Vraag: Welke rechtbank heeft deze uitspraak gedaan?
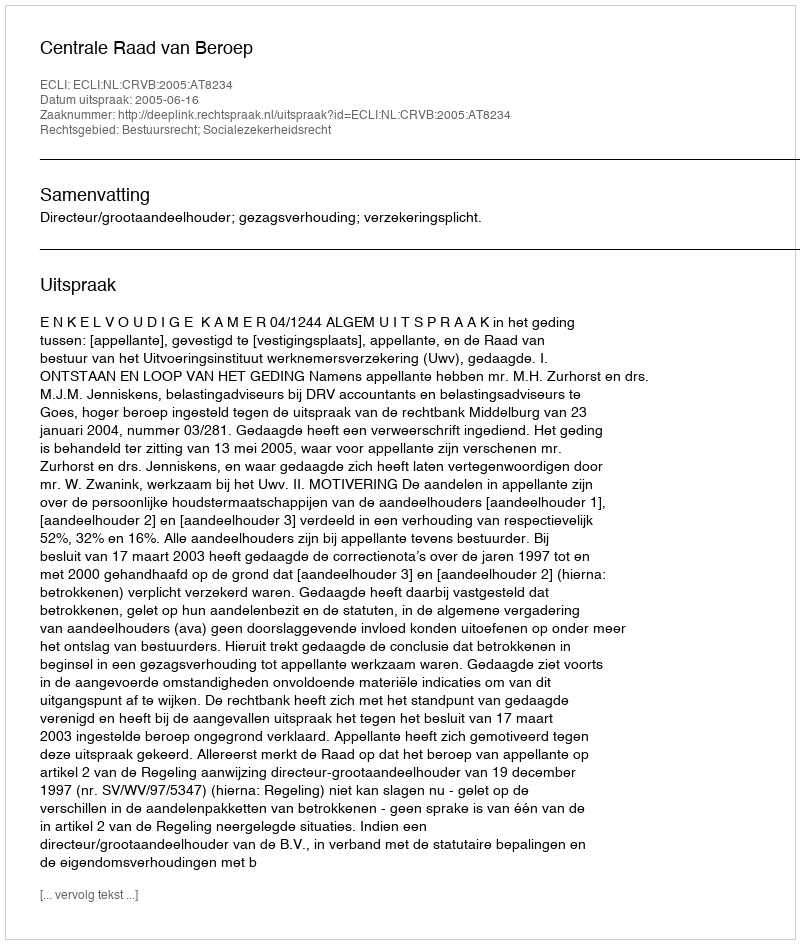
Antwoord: Centrale Raad van Beroep